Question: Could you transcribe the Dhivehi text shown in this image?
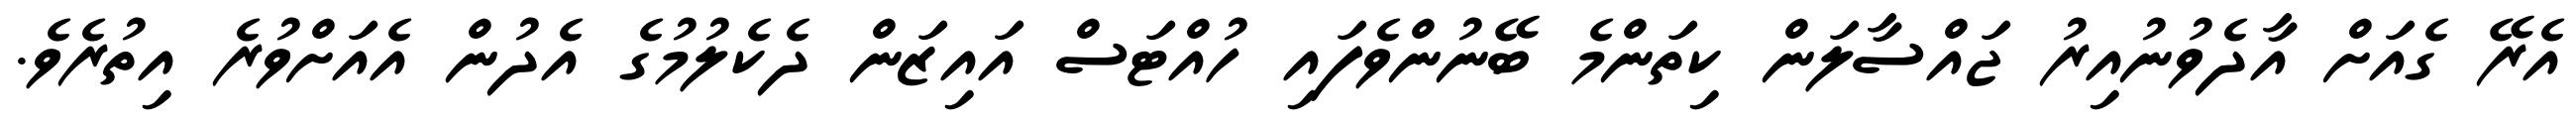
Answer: އެރޭ ގެއަށް އާދެވުނުއިރު ޖައްސާލަން ކިތަންމެ ބޭނުންވެފައި ހުއްޓަސް އައިޒަން ދެކެލުމުގެ އެދުން އެއަށްވުރެ އިތުރެވެ.